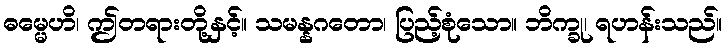
ဓမ္မေဟိ၊ ဤတရားတို့နှင့်။ သမန္နဂတော၊ ပြည့်စုံသော။ ဘိက္ခု၊ ရဟန်းသည်။